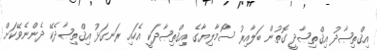
އިޤްތިޞާދު އިޤްތިޞާދީ ގޮތުން ބަލާއިރު ސޯމާލިޔާގެ އިޤްތިޞާދަކީ އެހައި ރަނގަޅު އިޤްތިޞާދެކޭ ދެންނެވޭކަށް